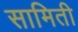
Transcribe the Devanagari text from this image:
सामिती